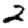
Digit: 2